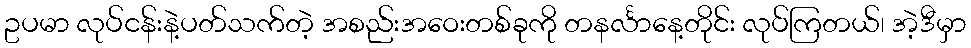
ဥပမာ လုပ်ငန်းနဲ့ပတ်သက်တဲ့ အစည်းအဝေးတစ်ခုကို တနင်္လာနေ့တိုင်း လုပ်ကြတယ်၊ အဲ့ဒီမှာ